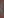
)